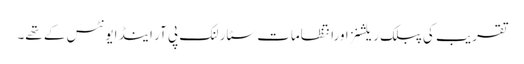
تقریب کی پبلک ریلشنزاورانتظامات سٹار لنک پی آر اینڈ ایونٹس کے تھے۔